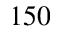
1 5 0